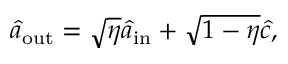
\begin{array} { r } { \hat { a } _ { \mathrm { o u t } } = \sqrt { \eta } \hat { a } _ { \mathrm { i n } } + \sqrt { 1 - \eta } \hat { c } , } \end{array}